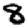
Digit: 8